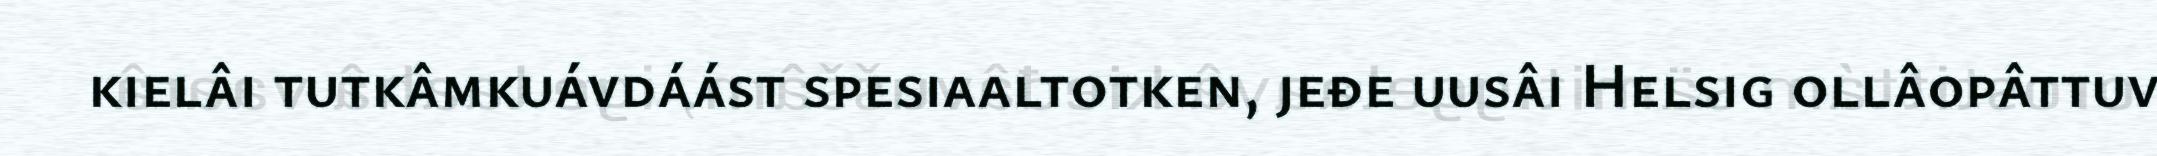
kielâi tutkâmkuávdáást spesiaaltotken, jeđe uusâi Helsig ollâopâttuv